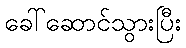
ခေါ်ဆောင်သွားပြီး